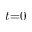
t { = } 0